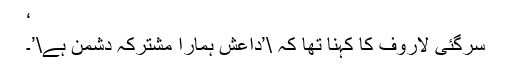
‘
سرگئی لاروف کا کہنا تھا کہ \’داعش ہمارا مشترکہ دشمن ہے\’۔